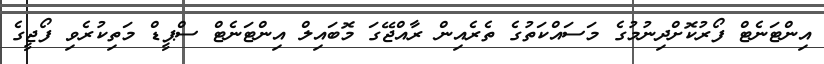
އިންޓަނެޓް ފޯރުކޮށްދިނުމުގެ މަސައްކަތުގެ ތެރެއިން ރާއްޖޭގަ މޮބައިލް އިންޓަނެޓް ސްޕީޑް މަތިކުރެވި ފޯޖީގެ